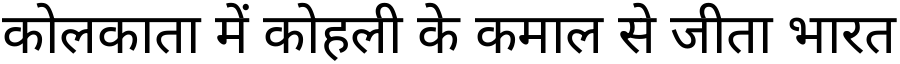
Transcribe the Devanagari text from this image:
कोलकाता में कोहली के कमाल से जीता भारत